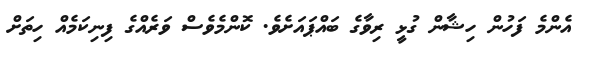
އެންމެ ފަހުން ހިޝާން ގުޅީ ރިވާގެ ބައްޕައަށެވެ. ކޮންމެވެސް ވަރެއްގެ ފިނިކަމެއް ހިތަށް